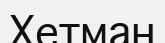
Хетман